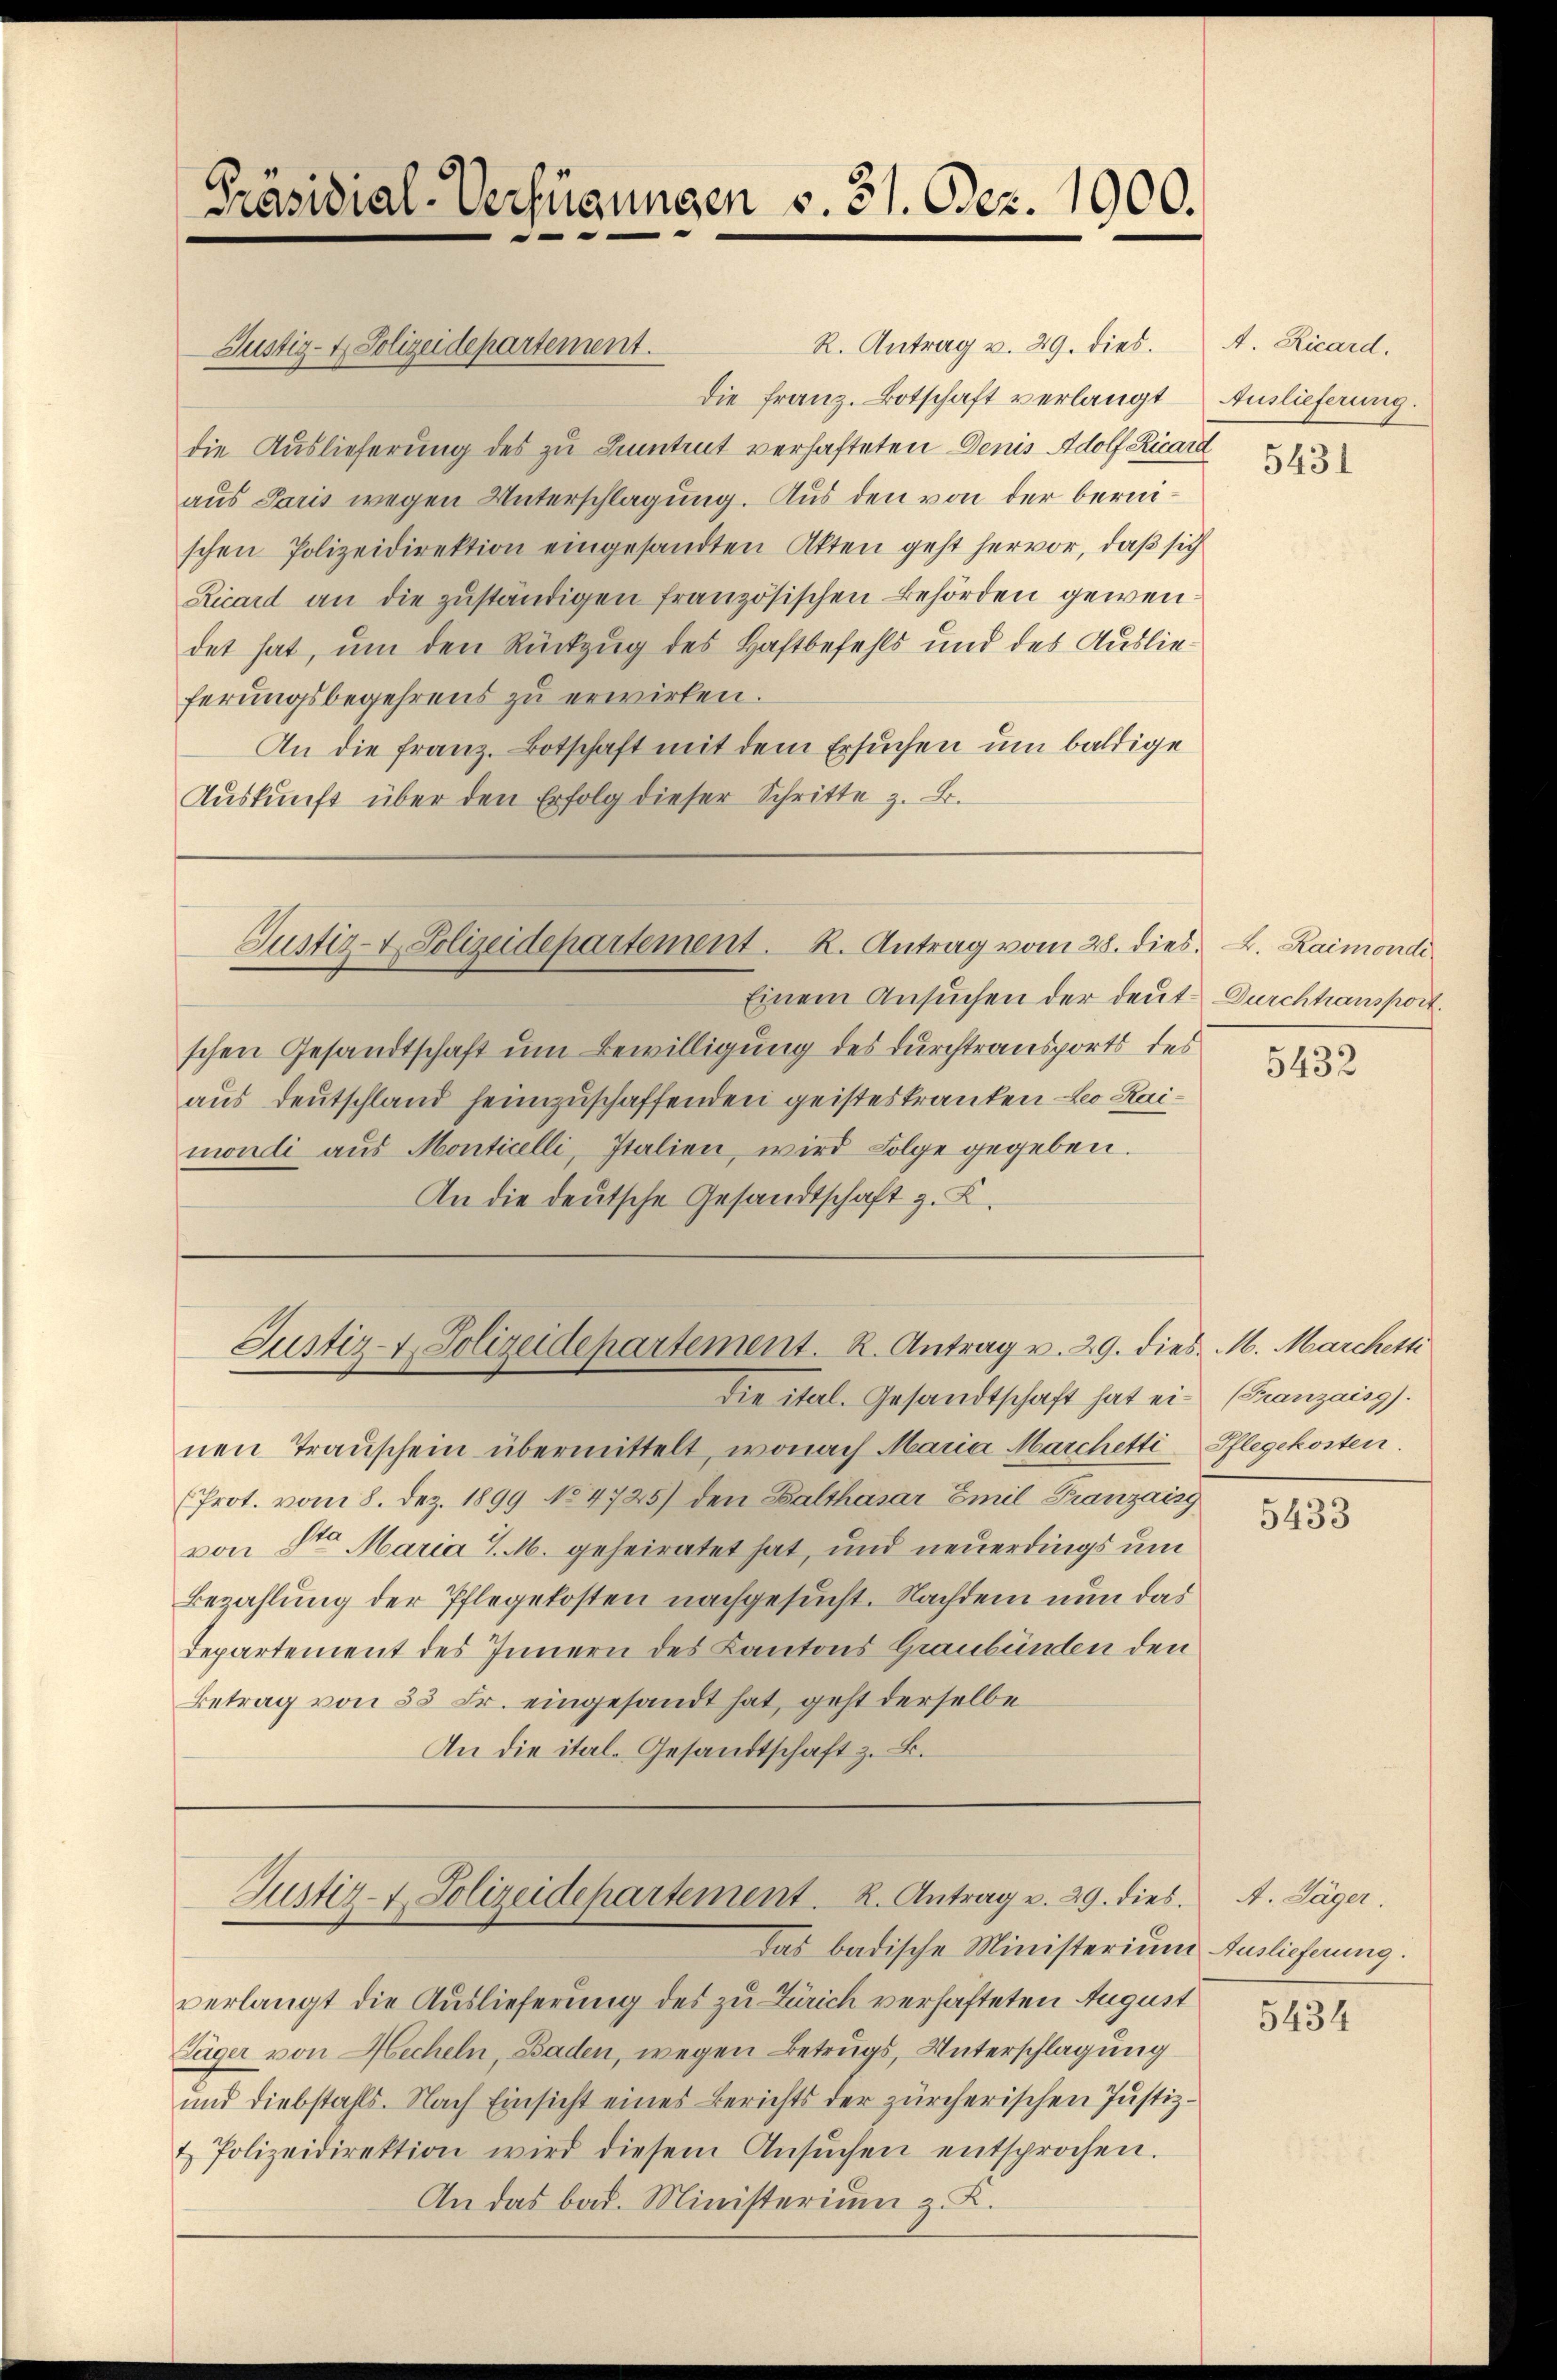
Präsidial-Verfügungen v. 31. Dez. 1900.
-

Justiz- & Polizeidepartement.

Justiz- & Polizeidepartement. K. Antrag vom 28. dies Raimondi

Einem Ansuchen der deute Durchtranspor
schen Gesandtschaft um Bewilligung des Durchtransports des
aus Deutschland heimzuschaffenden geisteskranken Leo Kainudli aus Monticelli, Italien, wird Folge gegeben.
An die deutsche Gesandtschaft z. B.

Justiz- & Polizeidepartement. R. Antrag v. 29. dies. M. Marchetti
Die ital. Gesandtschaft hat ein (Franzaisg).

R. Antrag v. 29. dies.
Die Franz. Botschaft verlangt Auslieferung.
die Auslieferung des zu Intent verhafteten Denis Adolf Ricara
aus Paris wegen Unterschlagung. Aus den von der bernischen Polizeidirektion eingesandten Akten geht hervor, daß sich
Ricard an die zŭständigen französischen Behörden gewendet hat, um den Rückzug des Haftbefehls und des Auslieferungsbegehrens zu erwirken.
An die franz. Botschaft mit dem Ersuchen um baldige
Aŭskŭnft über den Erfolg dieser Schritte z. B.

nen Trauschein übermittelt, wonach Maria Marchetti
(Prot. vom 8. Dez. 1899 No 4725) den Balthasar Emil Franzaisg
von St. Maria S. M. geheiratet hat, und neuerdings um
Bezahlung der Pflegekosten nachgesucht. Nachdem nun das
Departement des Innern des Kantons Graubünden den
Betrag von 53 Fr. eingesandt hat, geht derselbe
An die ital- Gesandtschaft z. B.

Justiz- & Polizeidepartement. R. Antrag v. 29. dies
Das badische Ministerium Auslieferung.

verlangt die Auslieferung des zu Zürich verhafteten August
Tüger von Hecheln, Baden, wegen Betrugs, Unterschlagung
und diebstahls. Nach Einsicht eines Berichts der zürcherischen Justiz-
& Polizeidirektion wird diesem Ansŭchen entsprochen.
An das bad. Ministerium z. K.

A. Ricard.

5431

5432

Pflegekosten.

5433

A. Jäger.

5434